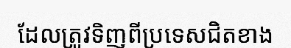
ដែលត្រូវទិញពីប្រទេសជិតខាង